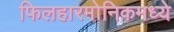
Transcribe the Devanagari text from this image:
फिलहारमोनिकमध्ये